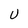
Character: U